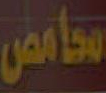
محامص